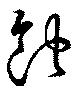
蝕